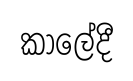
කාලේදී